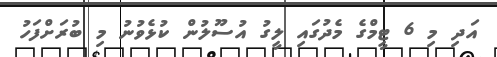
އަދި މި 6 ޓީމްގެ މެދުގައި ލީގު އުސޫލުން ކުޅެވުނު މި ބުރަށްފަހު